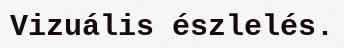
Vizuális észlelés.